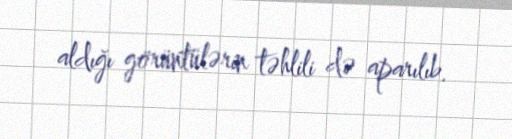
aldığı görüntülərin təhlili də aparılıb.